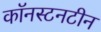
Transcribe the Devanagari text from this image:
कॉनस्टनटीन